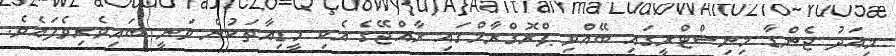
މިއަދު ޖެންޑާ މިނިސްޓްރީގައި ބޭއްވި ޕްރޮގްރާމްގައި ރާއްޖޭގެ އެކި މީޑިއާތަކުން ވަނީ ބައިވެރިވެފައެވެ.